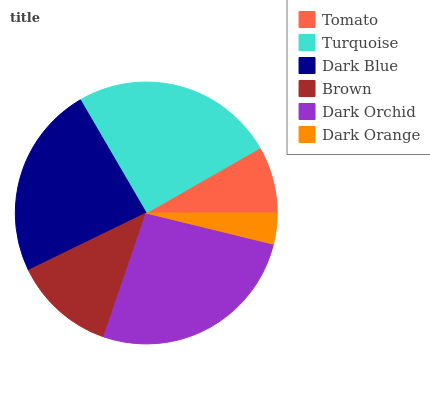
| Tomato | Turquoise | Dark Blue | Brown | Dark Orchid | Dark Orange |
 | --- | --- | --- | --- | --- | --- |
 | 8.26% | 25.1% | 23.9% | 12.5% | 26.4% | 3.82% |